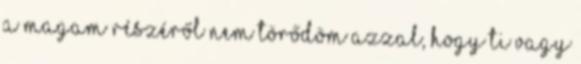
A magam részéről nem törődöm azzal, hogy ti vagy